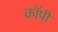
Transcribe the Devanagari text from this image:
काॅपी